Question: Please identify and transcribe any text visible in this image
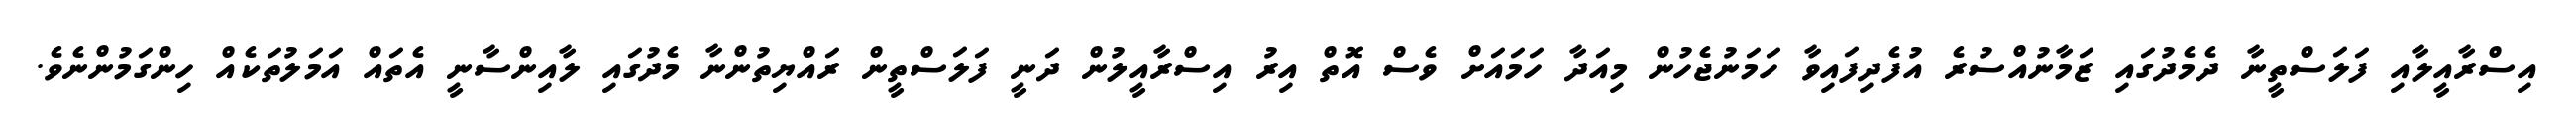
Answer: އިސްރާއީލާއި ފަލަސްތީނާ ދެމެދުގައި ޒަމާނުއްސުރެ އުފެދިފައިވާ ހަމަނުޖެހުން މިއަދާ ހަމައަށް ވެސް އޮތް އިރު އިސްރާއީލުން ދަނީ ފަލަސްތީން ރައްޔިތުންނާ މެދުގައި ލާއިންސާނީ އެތައް އަމަލުތަކެއް ހިންގަމުންނެވެ.